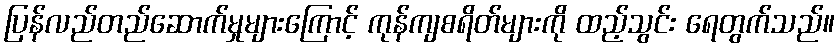
ပြန်လည်တည်ဆောက်မှုများကြောင့် ကုန်ကျစရိတ်များကို ထည့်သွင်း ရေတွက်သည်။